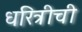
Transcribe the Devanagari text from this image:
धरित्रीची